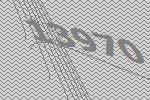
13970